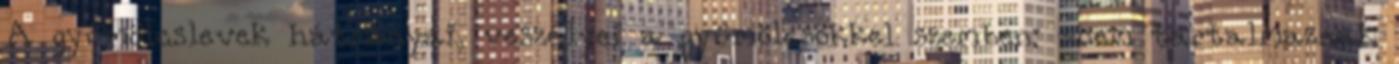
A gyümölcslevek hátrányai, veszélyei a gyümölcsökkel szemben: -nem tartalmaznak